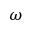
\omega